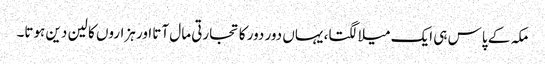
مکہ کے پاس ہی ایک میلا لگتا، یہاں دور دور کا تجارتی مال آتا اور ہزاروں کا لین دین ہوتا۔